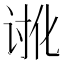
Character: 𮙉